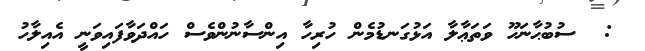
:  ސުބުޙާނަހޫ ވަތަޢާލާ އަޅުގަނޑުމެން ހުރިހާ އިންސާނުންވެސް ހައްދަވާފައިވަނީ އެއިލާހު